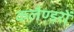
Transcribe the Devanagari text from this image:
कलैण्डरों